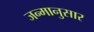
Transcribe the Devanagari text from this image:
जन्मानुसार